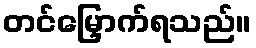
တင်မြှောက်ရသည်။